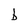
Character: b